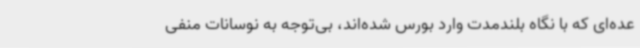
عده‌ای که با نگاه بلندمدت وارد بورس شده‌اند، بی‌توجه به نوسانات منفی